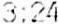
3:24